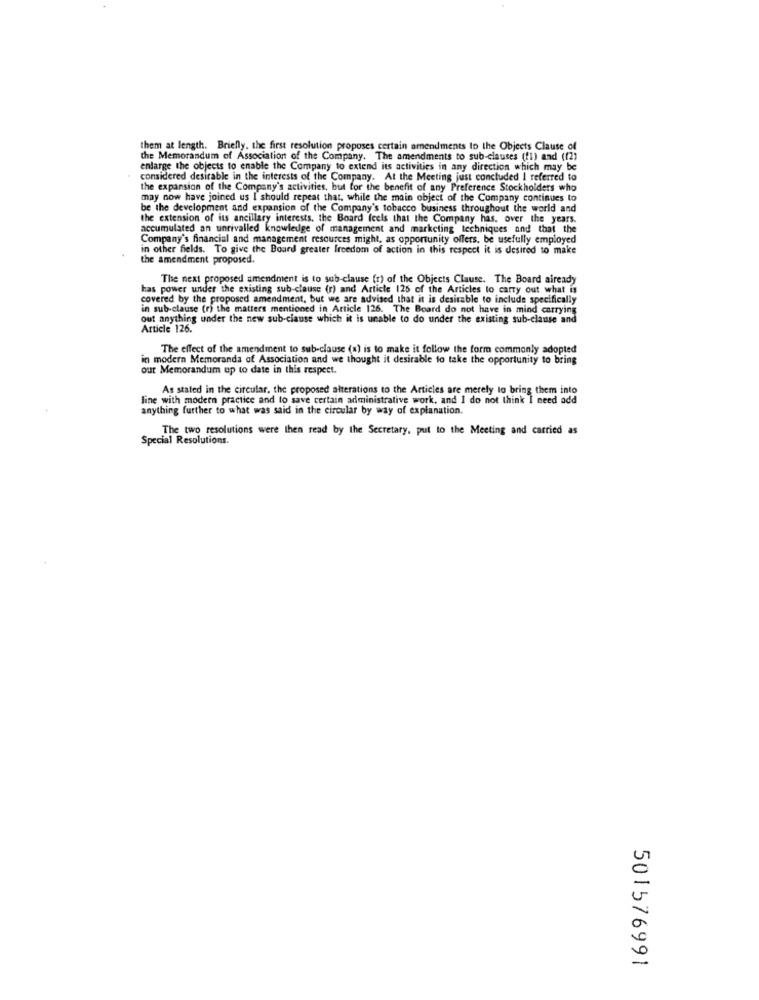
them at length. Briefly. the first resolution proposes certain amendments to the Objects Clause of
the Memorandum of Association of the Company. The amendments to sub-clauses (11) and ((2)
enlarge the objects to enable the Company to extend its activities in any direction which may be
considered desirable in the interests of the Company. At the Meeting just concluded I referred to
the expansion of the Company's activities, but for the benefit of any Preference Stockholders who
may now have joined us I should repeat that, while the main object of the Company continues to
be the development and expansion of the Company's tobacco business throughout the world and
the extension of its ancillary interests. the Board feels that the Company has. over the years.
accumulated an unrivalled knowledge of management and marketing techniques and that the
Company's financial and management resources might, as opportunity offers. be usefully employed
in other fields. To give the Board greater freedom of action in this respect it is desired to make
the amendment proposed.
The next proposed amendment is to sub-clause (r) of the Objects Clause. The Board aiready
has power under the existing sub-clause (r) and Article 125 of the Articles to carry out what is
covered by the proposed amendment, but we are advised that it is desirable to include specifically
in sub-clause (r) the matters mentioned in Article 126. The Board do not have in mind carrying
out anything under the new sub-clause which it is unable to do under the existing sub-clause and
Article 126.
The effect of the amendment to sub-clause (x) is to make it follow the form commonly adopted
in modern Memoranda of Association and we thought it desirable to take the opportunity to bring
our Memorandum up to date in this respect.
As stated in the circular, the proposed alterations to the Articles are merely lo bring them into
line with modern practice and to save certain administrative work, and I do not think I need add
anything further to what was said in the circular by way of explanation.
The two resolutions were then read by the Secretary, put to the Meeting and carried as
Special Resolutions.
501576991